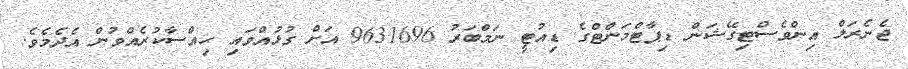
ޖެނެރަލް އިންވެސްޓިގޭޝަން ޑިޕާޓްމަންޓްގެ ޑިއުޓީ ނަމްބަރު 9631696 އަށް ގުޅުއްވައި ޙިއްސާކުރެއްވުން އެދެމެވެ.